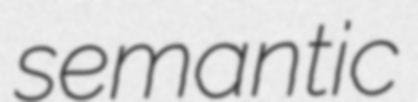
semantic